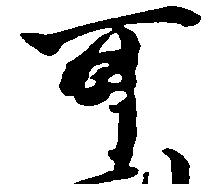
副